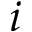
i